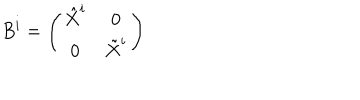
B ^ { i } = \left( \begin{array} { c c } { { \hat { X } ^ { i } } } & { { 0 } } \\ { { 0 } } & { { \tilde { X } ^ { i } } } \\ \end{array} \right)